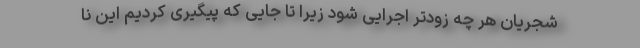
شجریان هر چه زودتر اجرایی شود زیرا تا جایی که پیگیری کردیم این نا